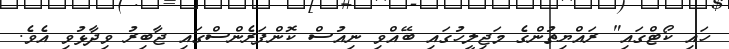
ހައި ކޯޓްގައި" ރައްޔިތުންގެ މަޖިލީހުގައި ބޭއްވި ނިއުސް ކޮންފަރެންސްގައި ޖާބިރު ވިދާޅުވި އެވެ.